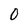
Character: 0